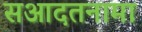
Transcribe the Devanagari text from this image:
सआदतनामा